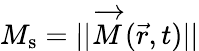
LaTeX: M_{\mathrm{s}}=||\overrightarrow{M}(\vec{r},t)||